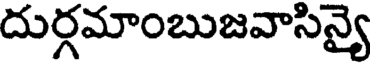
దుర్గమాంబుజవాసిన్యై